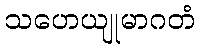
သဟေယျုမာဂတံ